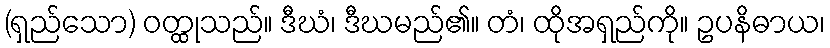
(ရှည်သော) ဝတ္ထုသည်။ ဒီဃံ၊ ဒီဃမည်၏။ တံ၊ ထိုအရှည်ကို။ ဥပနိဓာယ၊